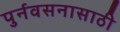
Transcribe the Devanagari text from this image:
पुर्नवसनासाठी